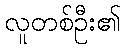
လူတစ်ဦး၏